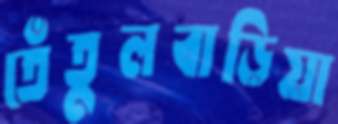
তেঁতুলবাড়িয়া